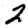
Digit: 2